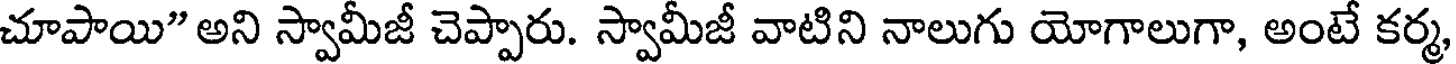
చూపాయి" అని స్వామీజీ చెప్పారు. స్వామీజీ వాటిని నాలుగు యోగాలుగా, అంటే కర్మ